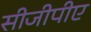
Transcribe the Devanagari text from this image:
सीजीपीए